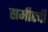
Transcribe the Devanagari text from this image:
समीरची